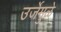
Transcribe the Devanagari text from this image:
उर्जेमुळे